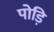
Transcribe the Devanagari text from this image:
पोड़ि